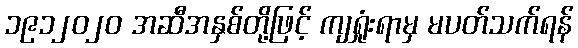
၁၉၁၂၀၂၀ အဆီအနှစ်တို့ဖြင့် ကျရှုံးရာမှ မပတ်သက်ရန်